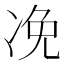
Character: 凂